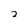
Character: 2